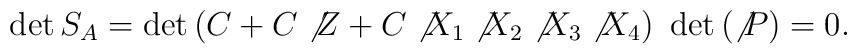
\det S_A=\det \left( C+C\not{Z}+C\not{X}_1\not{X}_2\not{X}_3\not{X}_4\right)\,\,\det \left( \not{P}\right) =0.